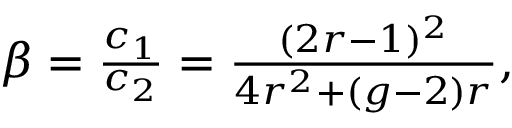
\begin{array} { r } { \beta = \frac { c _ { 1 } } { c _ { 2 } } = \frac { ( 2 r - 1 ) ^ { 2 } } { 4 r ^ { 2 } + ( g - 2 ) r } , } \end{array}